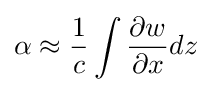
\alpha \approx {\frac {1}{c}}\int {\frac {\partial w}{\partial x}}dz